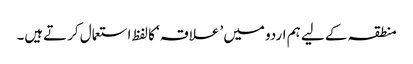
منطقہ کے لیے ہم اردو میں ’علاقہ‘ کا لفظ استعمال کرتےہیں۔